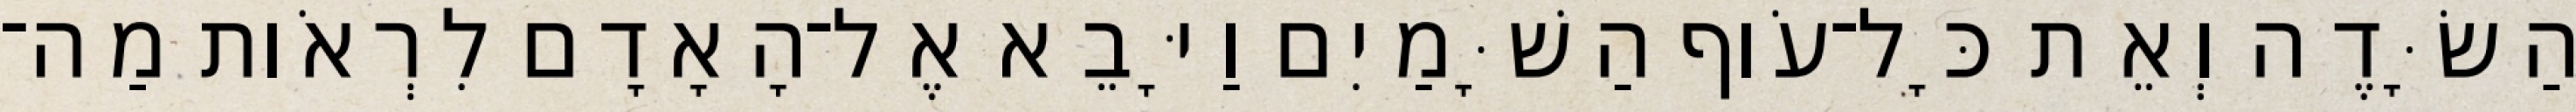
הַשָּׂדֶה וְאֵת כָּל־עֹוף הַשָּׁמַיִם וַיָּבֵא אֶל־הָאָדָם לִרְאֹות מַה־